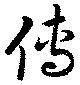
伝